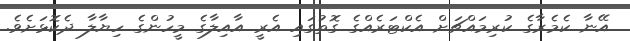
އޭނާ ކެމެރާގެ ކުރިމައްޗަށް އެކްޓަރެއްގެ ގޮތުގައި އެރީ އާއިލާގެ މީހުންގެ ހިޔާލާ ދެކޮޅަށެވެ.